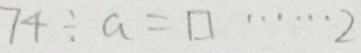
7 4 \div a = \square \cdots 2